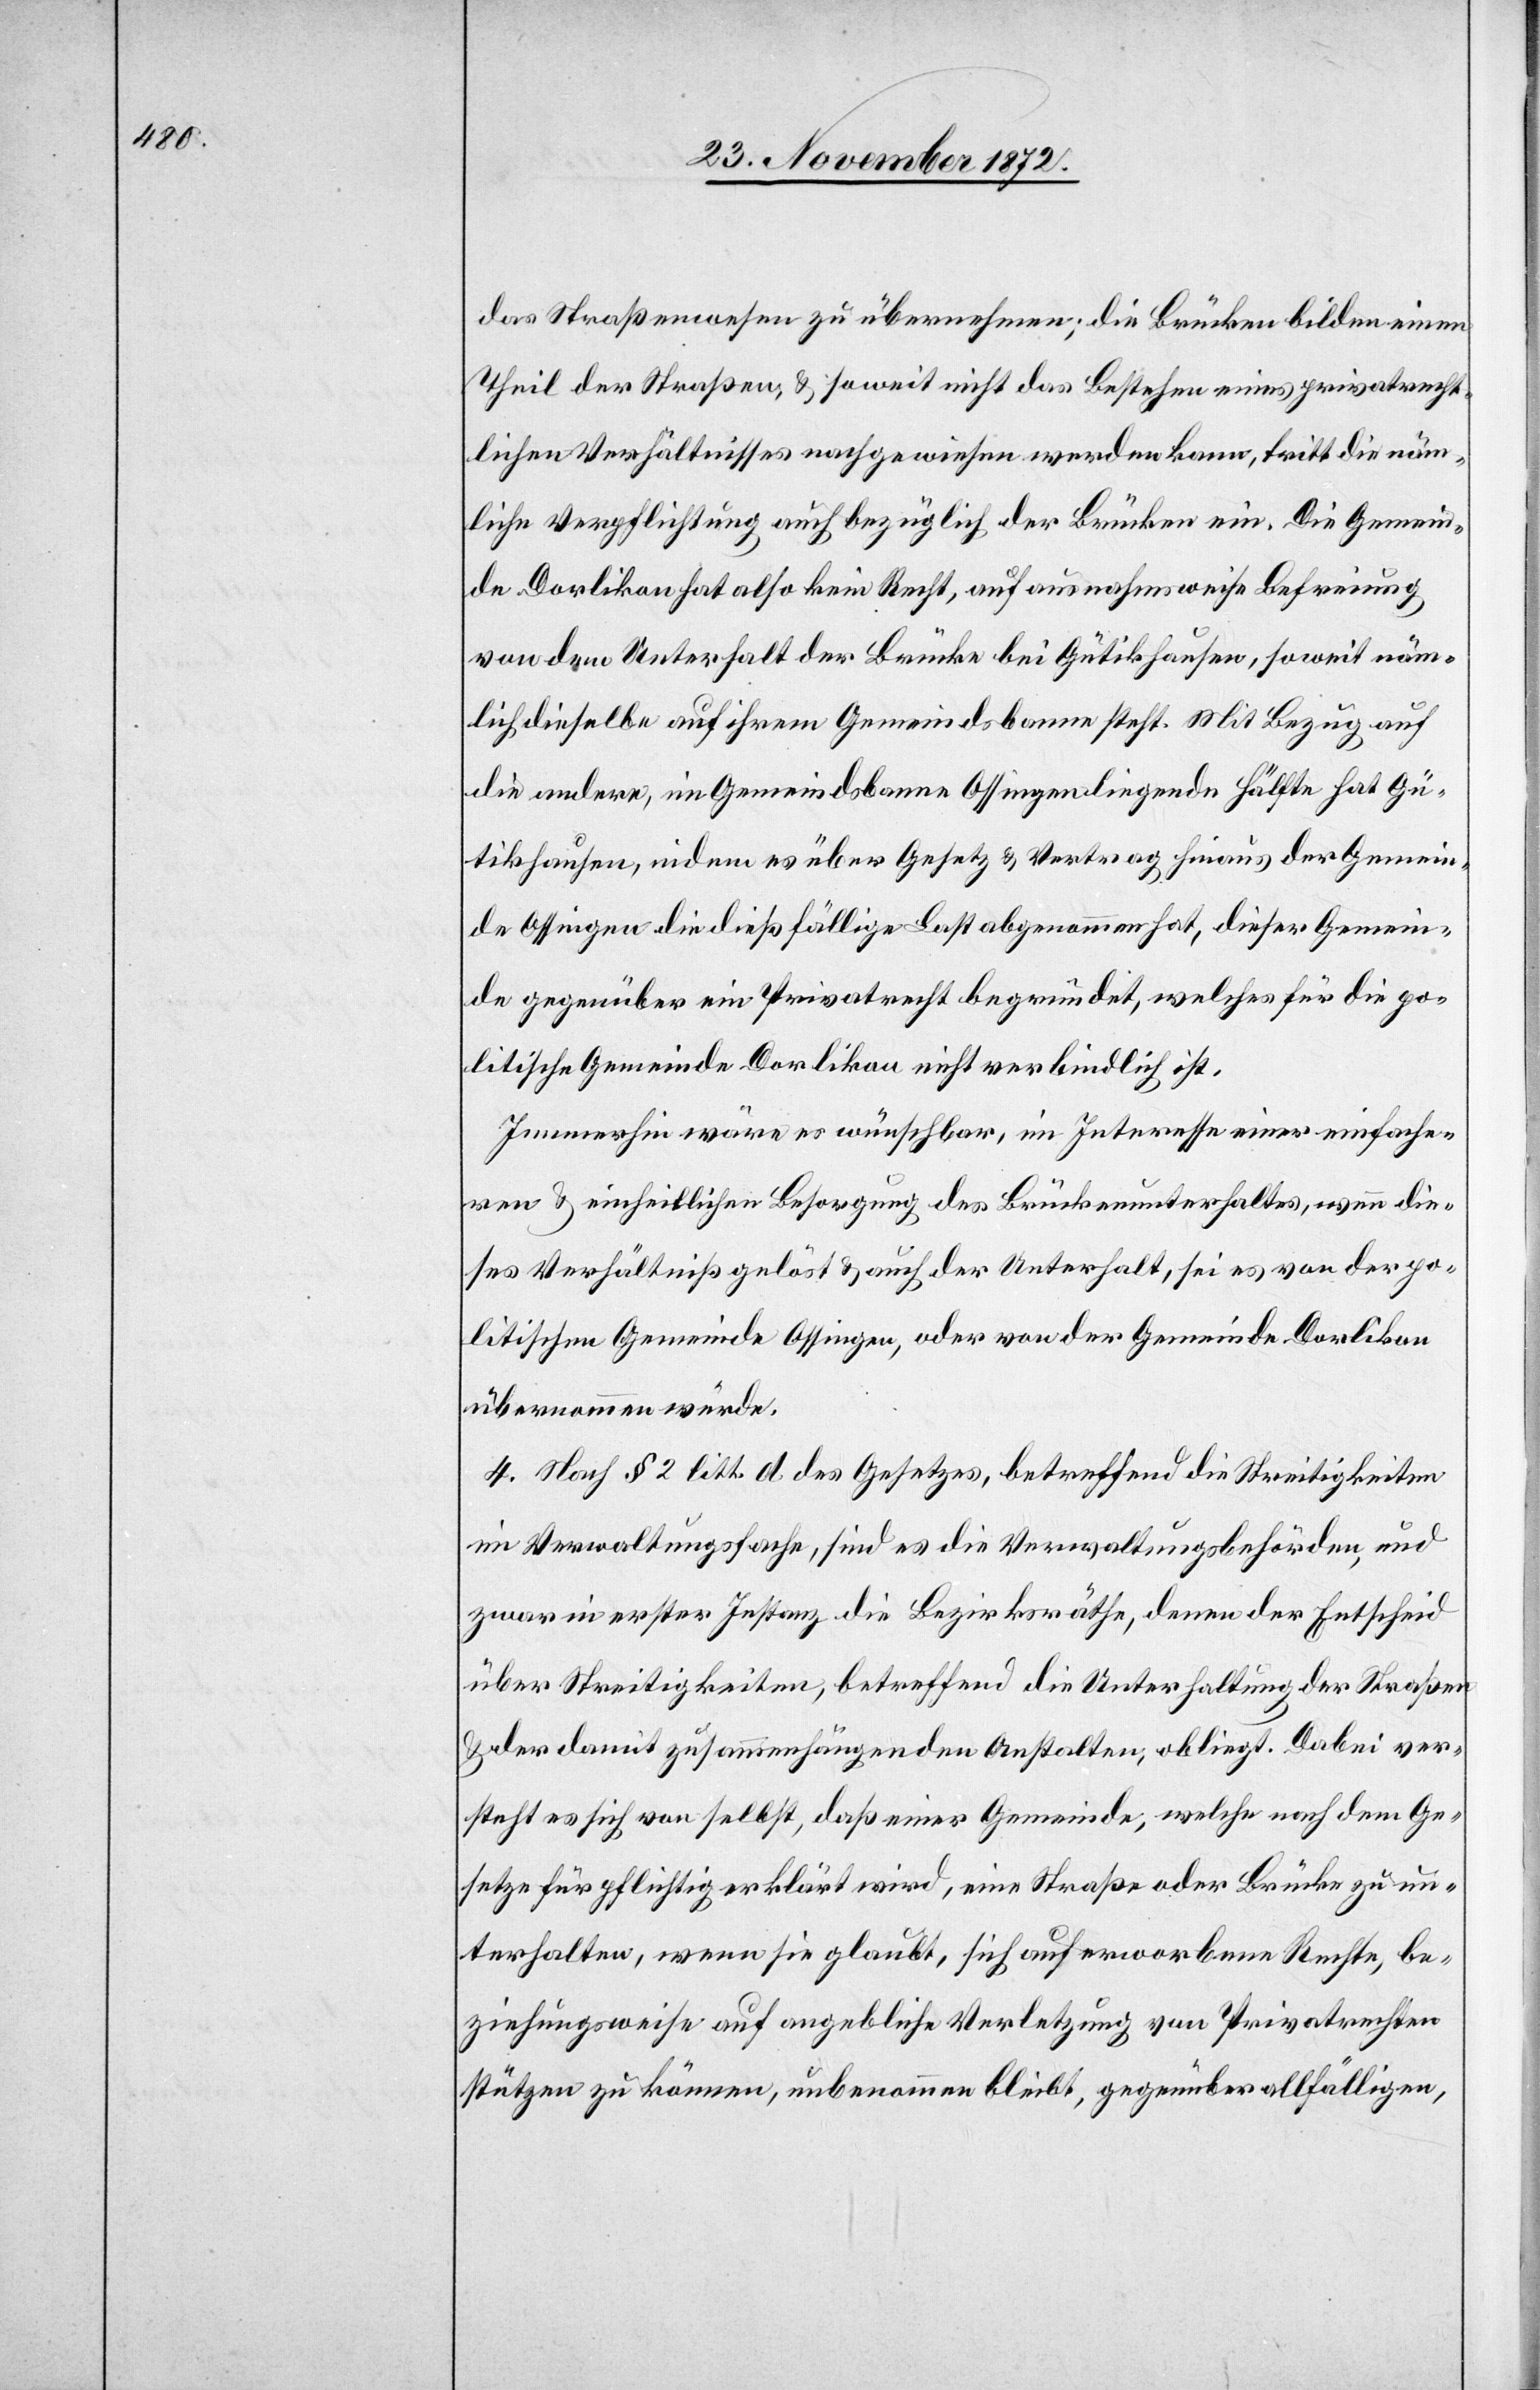
das Straßenwesen zu übernehmen; die Brücken bilden einen
Theil der Straßen, u. soweit nicht das Bestehen eines privatrecht¬
lichen Verhältnisses nachgewiesen werden kann, tritt die näm¬
liche Verpflichtung auch bezüglich der Brücken ein. Die Gemein¬
de Dorlikon hat also kein Recht, auf ausnahmsweise Befreiung
von dem Unterhalt der Brücke bei Gütikhausen, soweit näm¬
lich dieselbe auf ihrem Gemeindsbanne steht. Mit Bezug auf
die andere, im Gemeindsbanne Ossingen liegende Hälfte hat Gü¬
tikhausen, indem es über Gesetz u. Vertrag hinaus der Gemein¬
de Ossingen die dießfällige Last abgenommen hat, dieser Gemein¬
de gegenüber ein Privatrecht begründet, welches für die po¬
litische Gemeinde Dorlikon nicht verbindlich ist.
Immerhin wäre es wünschbar, im Interesse einer einfache¬
ren u. einheitlichen Besorgung des Brückenunterhaltes, wenn die¬
ses Verhältniß gelöst u. auch der Unterhalt, sei es von der po¬
litischen Gemeinde Ossingen, oder von der Gemeinde Dorlikon
übernommen würde.
4. Nach § 2 litt. d des Gesetzes, betreffend die Streitigkeiten
im Verwaltungsfache, sind es die Verwaltungsbehörden, und
zwar in erster Instanz die Bezirksräthe, denen der Entscheid
über Streitigkeiten, betreffend die Unterhaltung der Straßen
u. der damit zusammenhängenden Anstalten, obliegt. Dabei ver¬
steht es sich von selbst, daß einer Gemeinde, welche nach dem Ge¬
setze für pflichtig erklärt wird, eine Straße oder Brücke zu un¬
terhalten, wenn sie glaubt, sich auf erworbene Rechte, be¬
ziehungsweise auf angebliche Verletzung von Privatrechten
stützen zu können, unbenommen bleibt, gegenüber allfälligen,